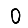
Digit: 0